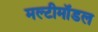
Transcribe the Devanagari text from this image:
मल्टीमॉडल